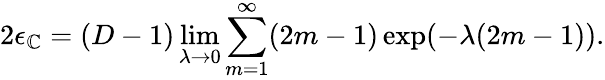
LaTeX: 2\epsilon_{\mathbb{C}}=(D-1)\operatorname*{lim}_{\lambda\to0}\sum_{m=1}^{\infty}(2m-1)\exp(-\lambda(2m-1)).